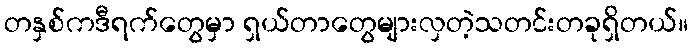
တနှစ်ကဒီရက်တွေမှာ ရှယ်တာတွေများလှတဲ့သတင်းတခုရှိတယ်။